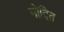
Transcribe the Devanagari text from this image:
नोदित